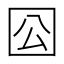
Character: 𡆾